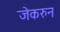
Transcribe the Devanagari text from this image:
जेकरुन